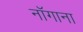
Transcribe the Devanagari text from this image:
नॉगाना